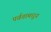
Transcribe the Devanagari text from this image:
पर्वतामधून